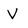
Character: V